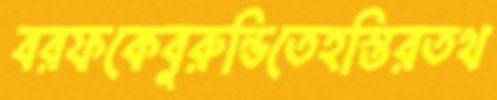
বরফকেবুরুন্ডিতেহস্তিরতথ